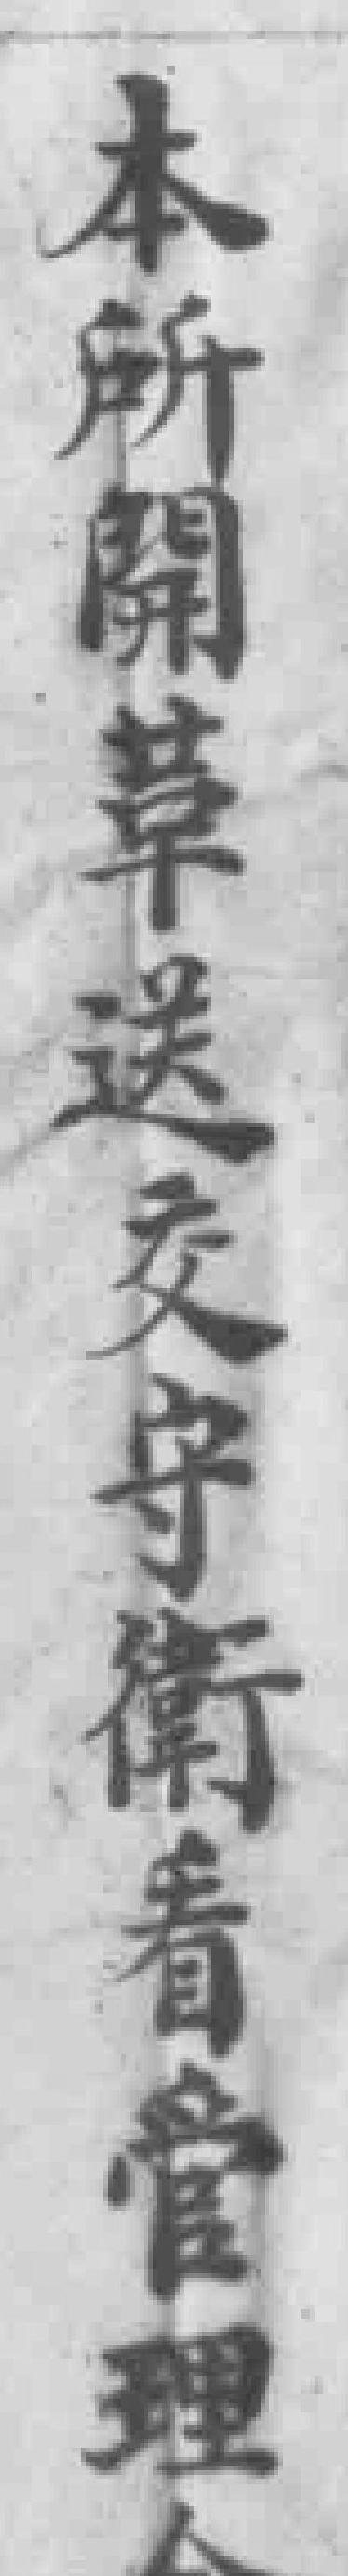
本所開革送交守衛看管理